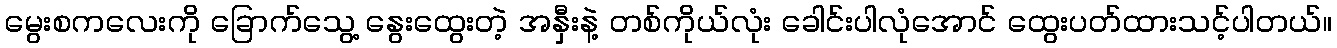
မွေးစကလေးကို ခြောက်သွေ့ နွေးထွေးတဲ့ အနှီးနဲ့ တစ်ကိုယ်လုံး ခေါင်းပါလုံအောင် ထွေးပတ်ထားသင့်ပါတယ်။